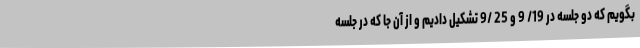
بگویم که دو جلسه در 19/ 9 و 25 /9 تشکیل دادیم و از آن جا که در جلسه